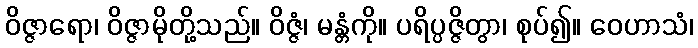
ဝိဇ္ဇာရော၊ ဝိဇ္ဇာမိုတို့သည်။ ဝိဇ္ဇံ၊ မန္တံကို။ ပရိပ္ပဇ္ဇိတွာ၊ စုပ်၍။ ဝေဟာသံ၊